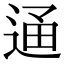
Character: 𨓥